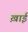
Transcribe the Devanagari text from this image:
ख़ाई